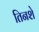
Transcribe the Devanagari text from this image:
तिनशे